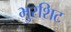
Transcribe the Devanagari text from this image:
भुरशिट